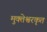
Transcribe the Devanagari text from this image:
मुक्तेश्वरकृत